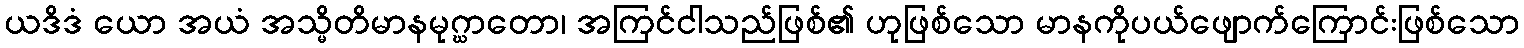
ယဒိဒံ ယော အယံ အသ္မိတိမာနမုဂ္ဃာတော၊ အကြင်ငါသည်ဖြစ်၏ ဟုဖြစ်သော မာနကိုပယ်ဖျောက်ကြောင်းဖြစ်သော